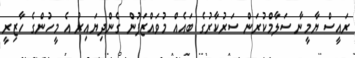
ރައީސް ޔާމީނާ ސަލާމްކުރަން ސަރުކާރުގެ ބައެއް މުވައްޒަފުން ގެންދިޔައިރު އެ މީހުންގެ ހާޒިރީ